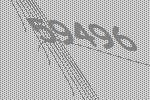
59496